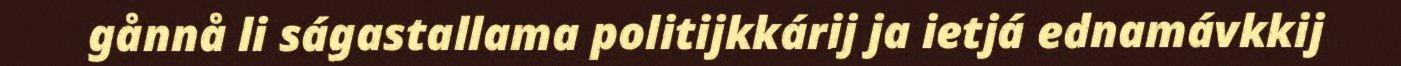
gånnå li ságastallama politijkkárij ja ietjá ednamávkkij